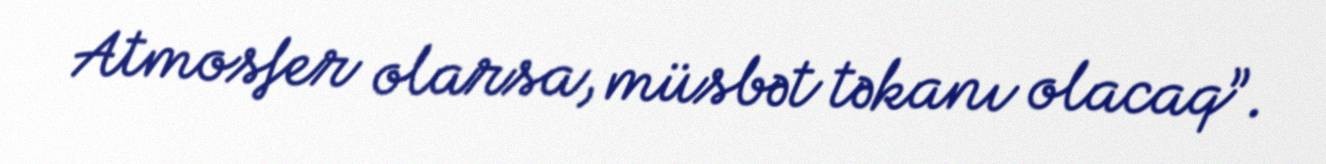
Atmosfer olarsa, müsbət təkanı olacaq”.